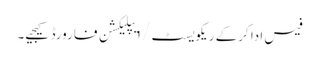
فیس ادا کرکے ریکویسٹ/ ا یپلیکشن فارورڈ کیجیے۔